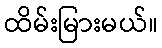
ထိမ်းမြားမယ်။